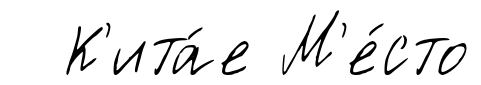
К'ита́е М'е́сто